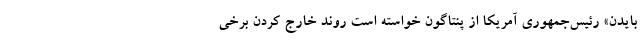
بایدن» رئیس‌جمهوری آمریکا از پنتاگون خواسته است روند خارج کردن برخی